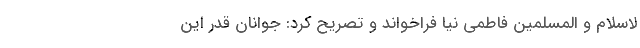
لاسلام و المسلمین فاطمی نیا فراخواند و تصریح کرد: جوانان قدر این